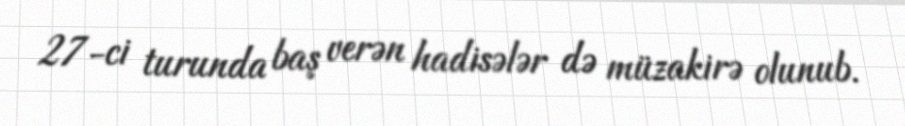
27-ci turunda baş verən hadisələr də müzakirə olunub.